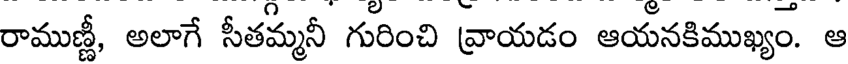
రాముణ్ణీ, అలాగే సీతమ్మనీ గురించి వ్రాయడం ఆయనకిముఖ్యం. ఆ